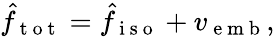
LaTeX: \begin{array}{r}{\hat{f}_{\mathrm{~t~o~t~}}=\hat{f}_{\mathrm{~i~s~o~}}+v_{\mathrm{~e~m~b~}},}\end{array}